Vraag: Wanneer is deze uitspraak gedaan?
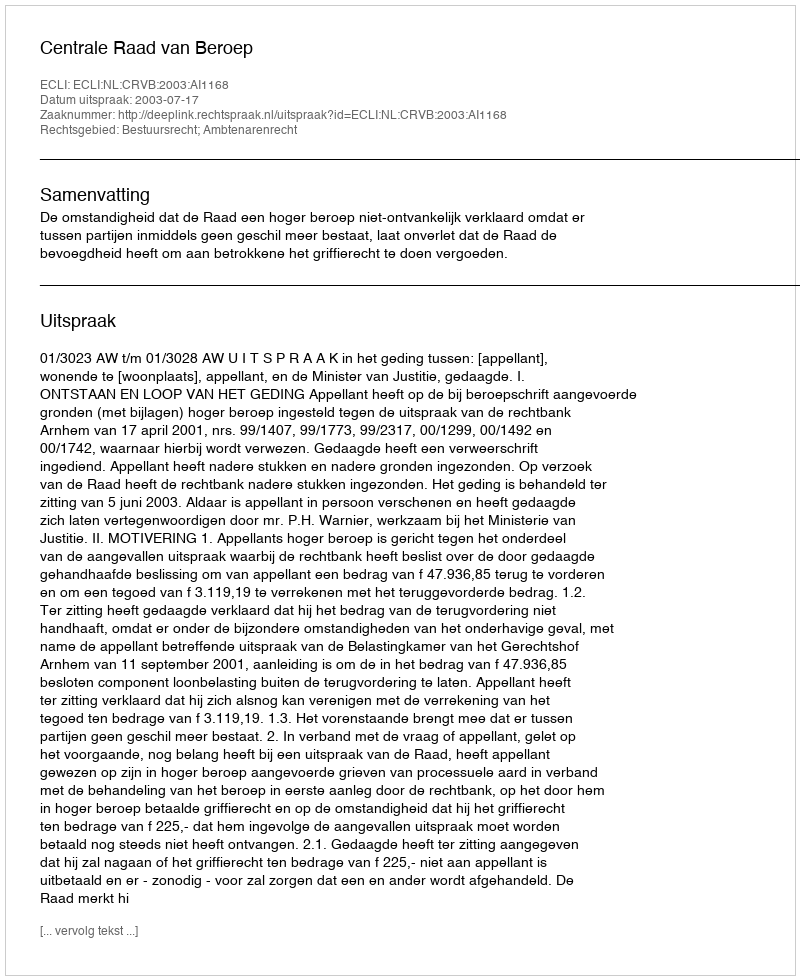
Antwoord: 2003-07-17